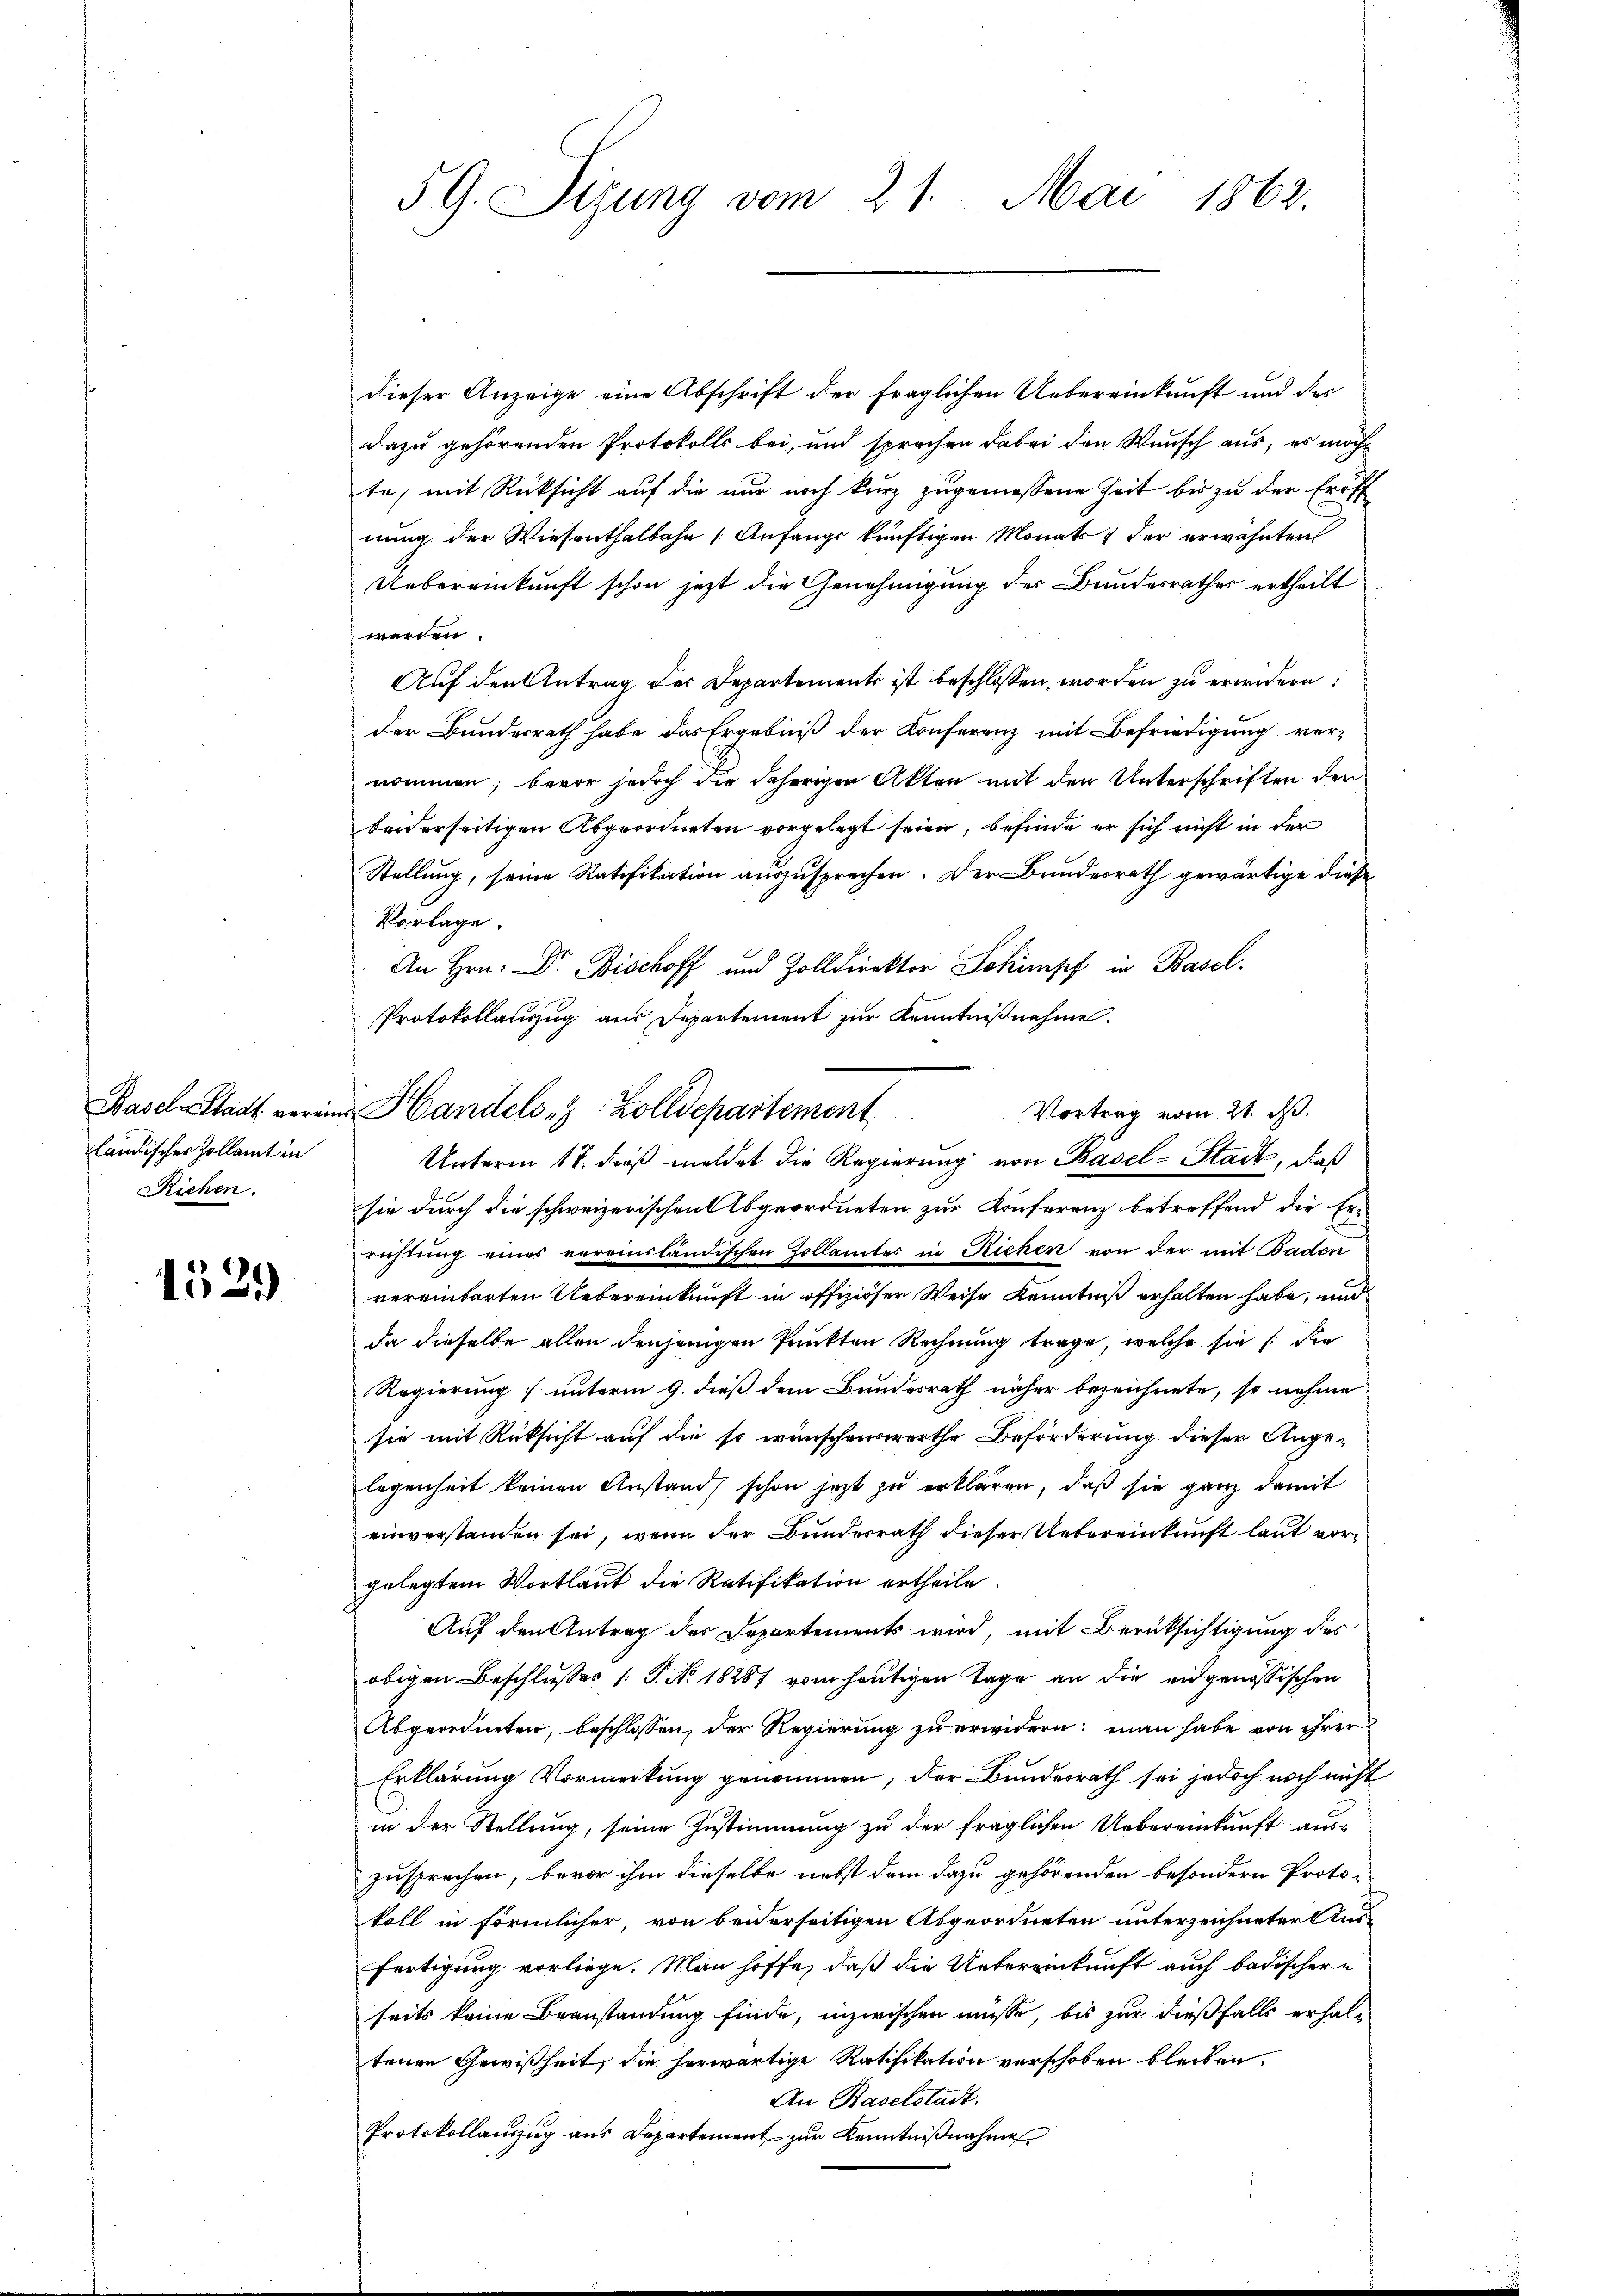
ländischer Zollamt in
Richen.

1529

dieser Anzeige eine Abschrift der fraglichen Uebereinkunft und des
dazu gehörenden Protokolls bei, und sprachen dabei den Wunsch aus, es möcht
te, mit Rücksicht auf die nur noch kurz zugemessene Zeit bis zu der Eröff
nung der Wiesenthalbahn (Anfangs künftigen Monats der erwähnten
Uebereinkunft schon jetzt die Genehmigung der Bundesrathes ertheilt
werden
Auf den Antrag der Departements ist beschlossen, worden zu erwidern:
der Bundesrath habe das Ergebniß der Konferenz mit Befriedigung vernommen, bevor jedoch die daherigen Akten mit den Unterschriften der
beiderseitigen Abgeordneten vorgelegt seien, befinde er sich nicht in der
Stellung, seine Ratifikation auszusprechen. Der Bunderrath gewärtige diese
Vorlage.
An Hrn. Dr. Bischoff und Zolldirektor Schimpf in Basel.
Protokollauszug aus Departement zur Kenntnißnahme.
.
Unterm 17. dieß meldet die Regierung von Basel-Stadt, daß
sie durch die schweizerischen Abgeordneten zur Konferenz betreffend die Er-
richtung eines vereinsländischen Zollamtes in Richen von der mit Baden
vereinbarten Uebereinkunft in offiziöser Weise Kenntniß erhalten habe, und
da dieselbe allen denjenigen Punkten Rechnung trage, welche sie /: die
Regierung unterm 9. dieß dem Bundesrath näher bezeichnete, so nehme
sie mit Rücksicht auf die so wünschenswerthe Beförderung dieser Angelegenheit keinen Anstand schon jetzt zu erklären, daß sie ganz damit
einverstanden sei, wenn der Bunderrath dieser Uebereinkunft laut vorgelegtem Wortlaut die Ratifikation ertheile.
Auf den Antrag des Departements wird, mit Berücksichtigung des
obigen Beschlusses /: P. No. 18287 vom heutigen Tage an die eidgenössischen
Abgeordneten, beschlossen, der Regierŭng zŭ erwidern: man habe von ihrer
Erklärung Vormerkung genommen; der Bundesrath sei jedoch noch nicht
in der Stellung, seine Zustimmung zu der fraglichen Uebereinkunft auszusprechen, bevor ihm dieselbe nebst dem dazu gehörenden besondern Proto-
koll in förmlicher, von beiderseitigen Abgeordneten unterzeichneter Ausfertigung vorliege. Man hoffe, daß die Untereinkunft auch badischere
seits keine Beanstandung finde, inzwischen müsse, bis zur dießfalls erhaltenen Gewißheit, die herwärtige Ratifikation verschoben bleiben.
An Baselstadt.
Protokollauszug aus Departement zur Kenntnißnahme

59. Sizung vom 21. Mai 1862.

Basel-Stadt verain Handels- & Zolldepartement

Vortrag vom 21. d.